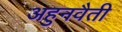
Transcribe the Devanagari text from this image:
अहुनवैती